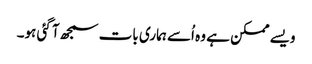
ویسے ممکن ہے وہ اُسے ہماری بات سمجھ آ گئی ہو۔